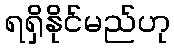
ရရှိနိုင်မည်ဟု